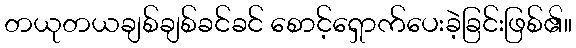
တယုတယချစ်ချစ်ခင်ခင် စောင့်ရှောက်ပေးခဲ့ခြင်းဖြစ်၏။